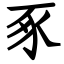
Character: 豖